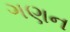
ગણન